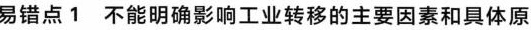
易错点1 不能明确影响工业转移的主要因素和具体原